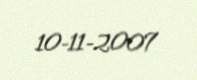
10-11-2007